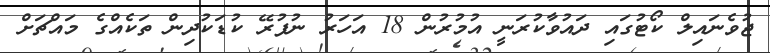
ޖުވެނައިލް ކޯޓުގައި ދައުވާކުރަނީ އުމުރުން 18 އަހަރު ނުފުރޭ ކުޑަކުދިން ތަކެއްގެ މައްޗަށް